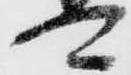
可